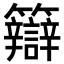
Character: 䉸